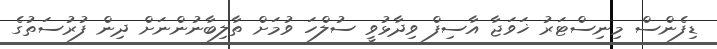
ޑިފެންސް މިނިސްޓަރު ޚަވަޖާ އާސިފް ވިދާޅުވީ ސުލްހަ ވުމަށް ތާލިބާނުންނަށް ދިން ފުރުސަތުގެ